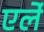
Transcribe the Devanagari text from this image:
एर्ले